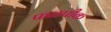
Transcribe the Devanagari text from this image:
फळपीक